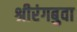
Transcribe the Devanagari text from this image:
श्रीरंगबुवा